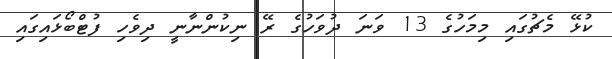
ކުޅޭ މެޗުގައި މިމަހުގެ 13 ވަނަ ދުވަހުގެ ރޭ ނިކުންނާނީ ދިވެހި ފުޓްބޯޅައިގައި